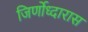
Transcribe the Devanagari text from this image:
जिर्णोध्दारास